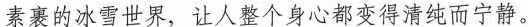
素裹的冰雪世界，让人整个身心都变得清纯而宁静。